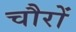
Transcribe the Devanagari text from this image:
चौरों